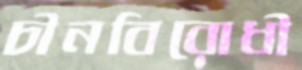
চীনবিরোধী